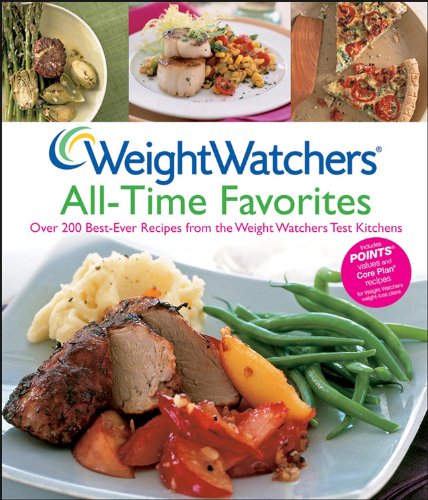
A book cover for Weight Watchers All-Time Favorites: Over 200 Best-Ever Recipes from the Weight Watchers Test Kitchens (Weight Watchers Cooking); Weight Watchers; Health, Fitness & Dieting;